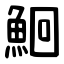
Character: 鮰